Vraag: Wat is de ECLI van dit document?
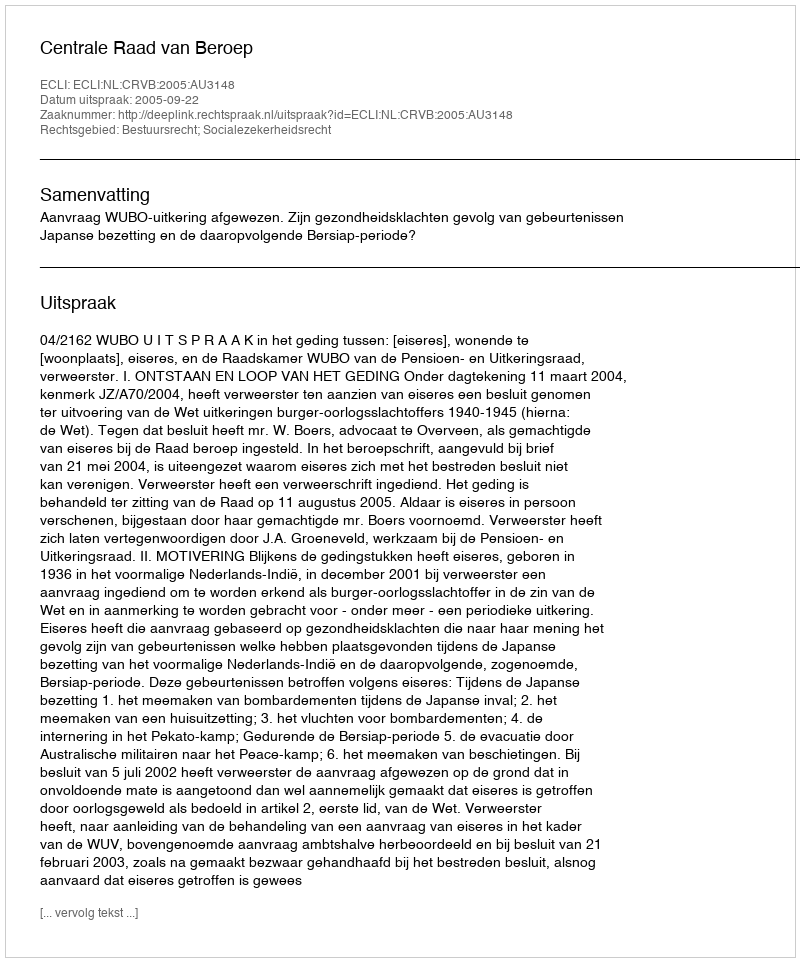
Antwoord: ECLI:NL:CRVB:2005:AU3148